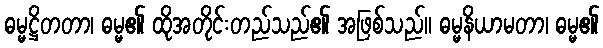
ဓမ္မဋ္ဌိတတာ၊ ဓမ္မ၏ ထိုအတိုင်းတည်သည်၏ အဖြစ်သည်။ ဓမ္မနိယာမတာ၊ ဓမ္မ၏